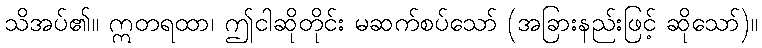
သိအပ်၏။ ဣတရထာ၊ ဤငါဆိုတိုင်း မဆက်စပ်သော် (အခြားနည်းဖြင့် ဆိုသော်)။